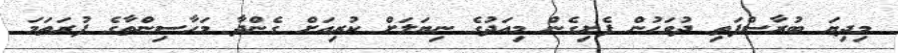
މިދިޔަ ބުރާސްފަތި ދުވަހުން ފެށިގެން މިއަދުގެ ނިޔަލަށް ކުރިއަށް ގެންދާ މަހާސިންތާގެ ފުރަތަމަ